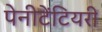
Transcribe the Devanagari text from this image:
पेनीटेंटियरी